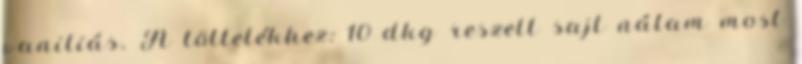
vaniliás. A töltelékhez: 10 dkg reszelt sajt nálam most